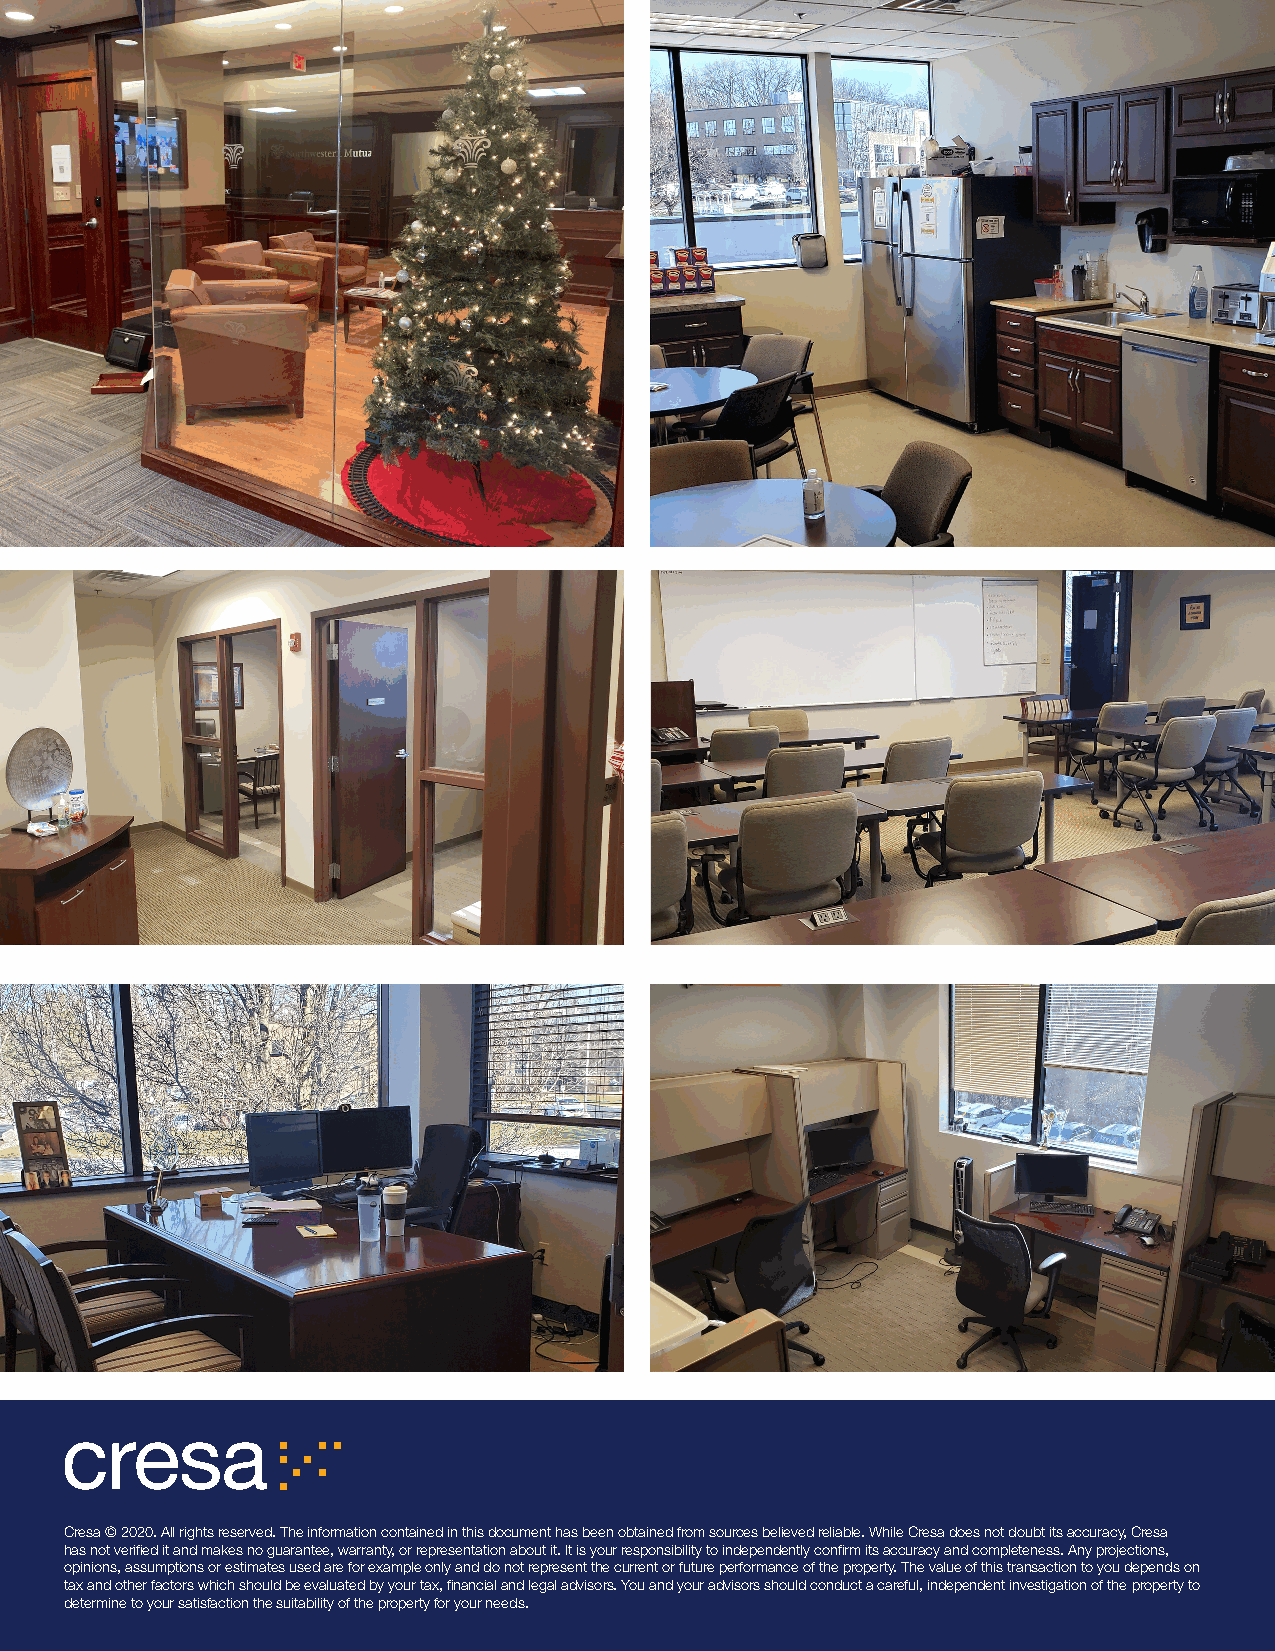
Cresa © 2020. All rights reserved. The information contained in this document has been obtained from sources believed reliable. While Cresa does not doubt its accuracy, Cresa
 has not verified it and makes no guarantee, warranty, or representation about it. It is your responsibility to independently confirm its accuracy and completeness. Any projections,
 opinions, assumptions or estimates used are for example only and do not represent the current or future performance of the property. The value of this transaction to you depends on
 tax and other factors which should be evaluated by your tax, financial and legal advisors. You and your advisors should conduct a careful, independent investigation of the property to
 determine to your satisfaction the suitability of the property for your needs.